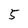
Character: 5